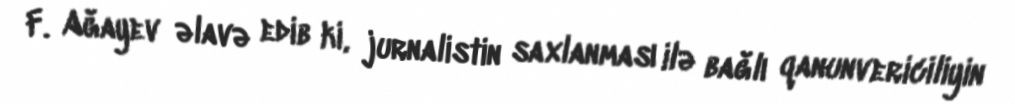
F. Ağayev əlavə edib ki, jurnalistin saxlanması ilə bağlı qanunvericiliyin